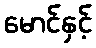
မောင်နှင့်